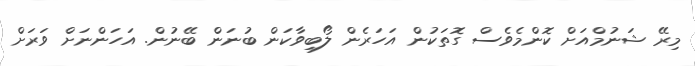
މިރޭ ޝަނުމްއަށް ކޮންމެވެސް ގޮތަކުން އަހަރެން ލޯބިވާކަން ބުނަން ބޭނުން. އަހަންނަށް ވަރަށް